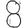
Digit: 8